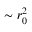
\sim r _ { 0 } ^ { 2 }